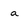
Character: a